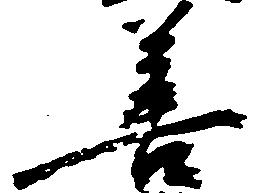
善